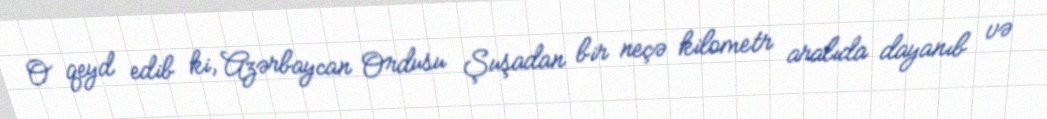
O qeyd edib ki, Azərbaycan Ordusu Şuşadan bir neçə kilometr aralıda dayanıb və